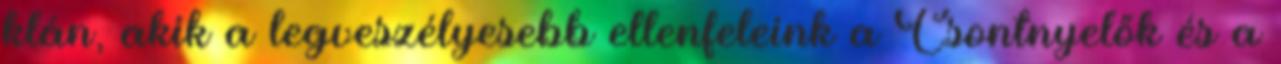
klán, akik a legveszélyesebb ellenfeleink a Csontnyelők és a